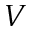
V